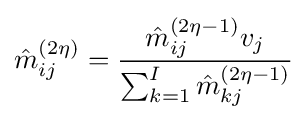
{\hat {m}}_{ij}^{(2\eta )}={\frac {{\hat {m}}_{ij}^{(2\eta -1)}v_{j}}{\sum _{k=1}^{I}{\hat {m}}_{kj}^{(2\eta -1)}}}